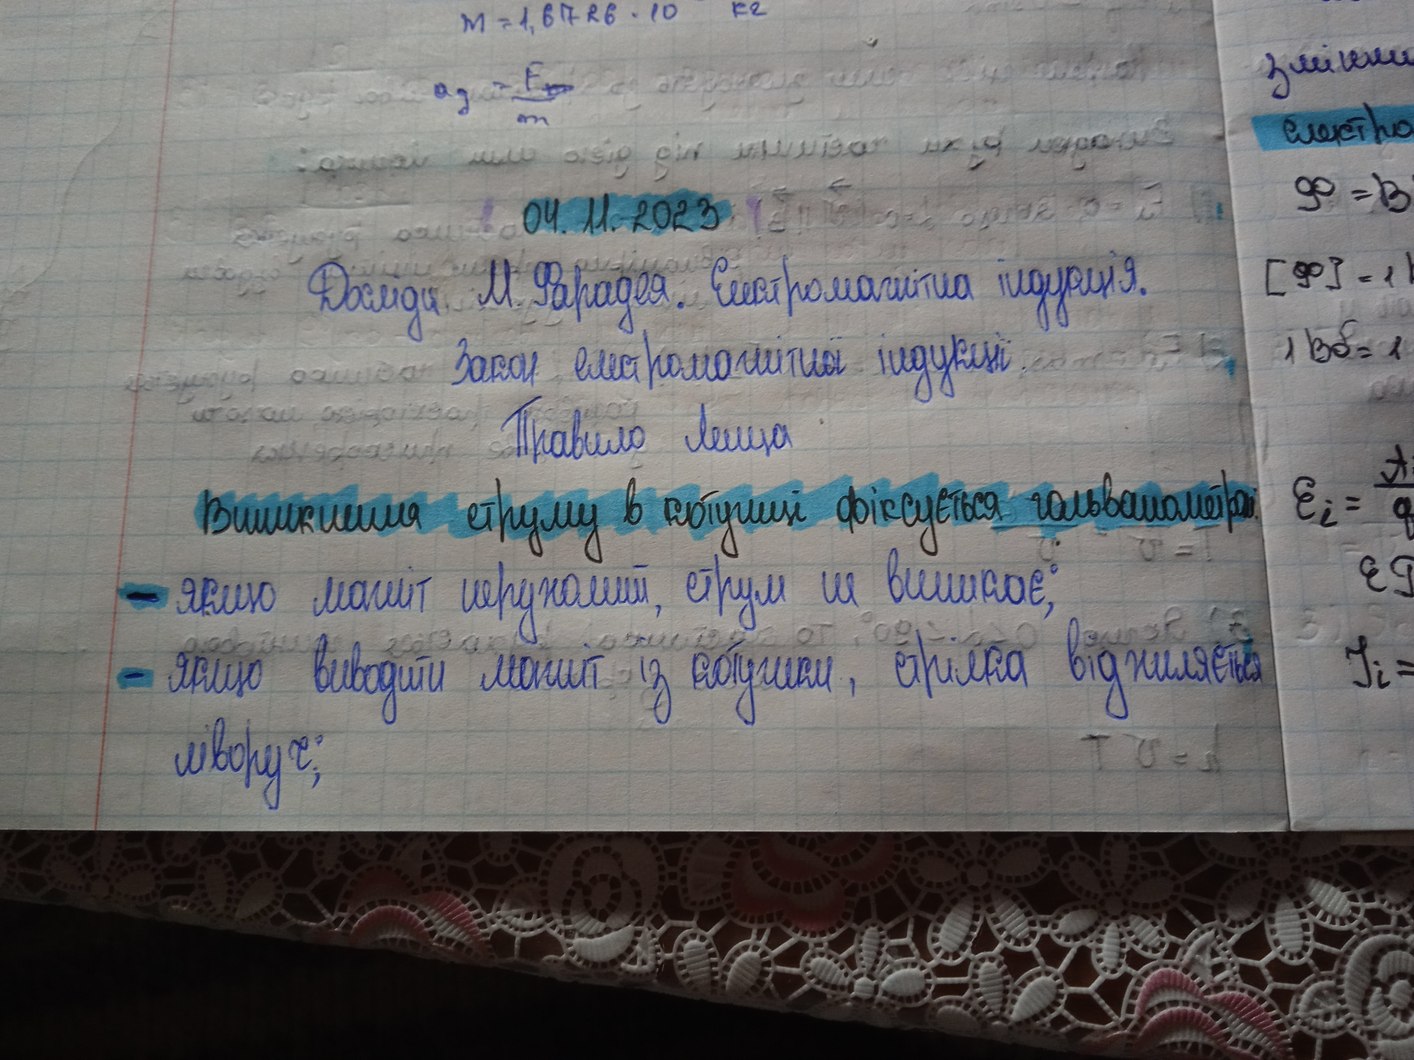
04. 11. 2023
Досліди М. Фарадея. Електромагнітна індукція.
Закон електромагнітної індукції.
Правило Ленца
Виникнення струму в котушці фіксується гальванометром.
- якщо маніт нерухомий, струм не виникає;
- якщо виводити магніт із котушки, стрілка відхиляється
ліворуч;